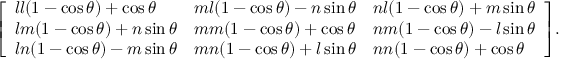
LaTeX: { \left[ \begin{array} { l l l } { l l ( 1 - \cos \theta ) + \cos \theta } & { m l ( 1 - \cos \theta ) - n \sin \theta } & { n l ( 1 - \cos \theta ) + m \sin \theta } \\ { l m ( 1 - \cos \theta ) + n \sin \theta } & { m m ( 1 - \cos \theta ) + \cos \theta } & { n m ( 1 - \cos \theta ) - l \sin \theta } \\ { l n ( 1 - \cos \theta ) - m \sin \theta } & { m n ( 1 - \cos \theta ) + l \sin \theta } & { n n ( 1 - \cos \theta ) + \cos \theta } \end{array} \right] } .